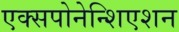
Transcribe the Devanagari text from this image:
एक्सपोनेन्शिएशन